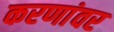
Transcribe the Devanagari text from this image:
करणांवर